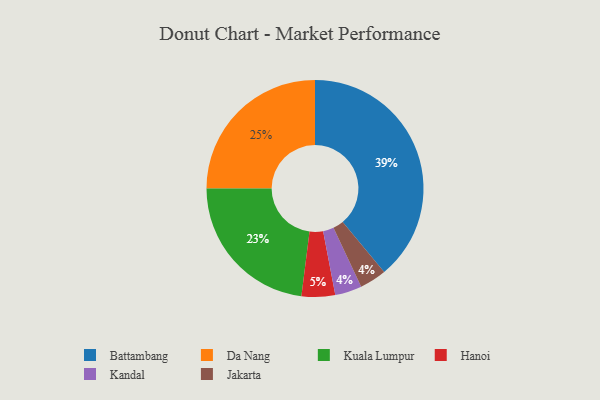
{"axis": {"x": "Category", "y": "Percentage"}, "legend": ["Battambang", "Da Nang", "Hanoi", "Jakarta", "Kandal", "Kuala Lumpur"], "data": [{"x": "Hanoi", "y": 5, "type": "Hanoi"}, {"x": "Kandal", "y": 4, "type": "Kandal"}, {"x": "Battambang", "y": 39, "type": "Battambang"}, {"x": "Jakarta", "y": 4, "type": "Jakarta"}, {"x": "Kuala Lumpur", "y": 23, "type": "Kuala Lumpur"}, {"x": "Da Nang", "y": 25, "type": "Da Nang"}]}